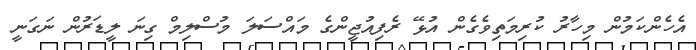
އެހެންކަމުން މިހާރު ކުރިމަތިވެގެން އުޅޭ ރެފިއުޖީންގެ މައްސަލަ މުސްލިމް ގިނަ ލީޑަރުން ނަގަނީ